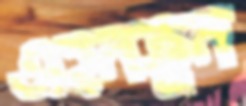
এহনত্তুন